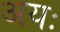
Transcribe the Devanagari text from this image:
अयः